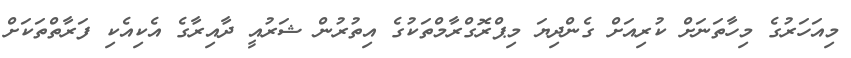
މިއަހަރުގެ މިހާތަނަށް ކުރިއަށް ގެންދިޔަ މިޕްރޮގްރާމްތަކުގެ އިތުރުން ޝަރުއީ ދާއިރާގެ އެކިއެކި ފަރާތްތަކަށް